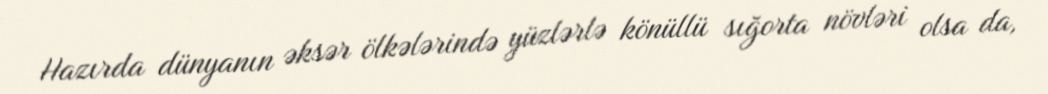
Hazırda dünyanın əksər ölkələrində yüzlərlə könüllü sığorta növləri olsa da,